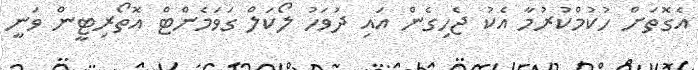
އެގޮތަށް ހުކުމްކުރުމާ އެކު ޖެހިގެން އައި ދުވަހު ލޯކަލް ގަވަމެންޓް އޮތޯރިޓީން ވަނީ